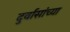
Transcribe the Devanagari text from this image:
दुर्वासांच्या